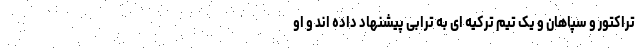
تراکتور و سپاهان و یک تیم ترکیه ای به ترابی پیشنهاد داده اند و او